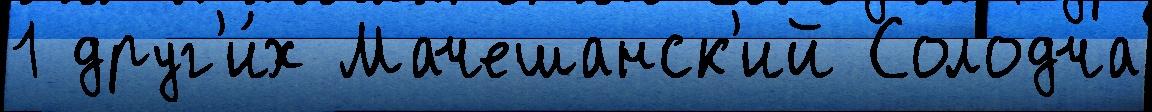
1 друг'и́х Мачешанск'ий Солодча